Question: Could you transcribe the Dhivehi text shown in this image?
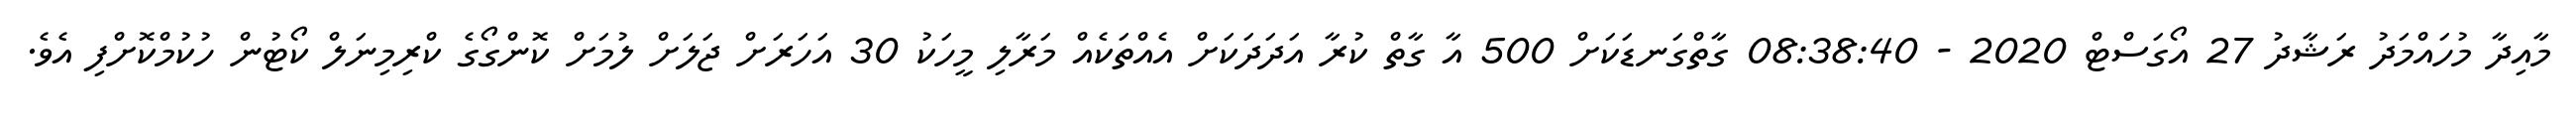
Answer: މާއިދާ މުހައްމަދު ރަޝާދު 27 އޯގަސްޓް 2020 - 08:38:40 ގާތްގަނޑަކަށް 500 އާ ގާތް ކުރާ އަދަދަކަށް އެއްތަކެއް މަރާލި މީހަކު 30 އަހަރަށް ޖަލަށް ލުމަށް ކޮންގޯގެ ކްރިމިނަލް ކޯޓުން ހުކުމްކޮށްފި އެވެ.